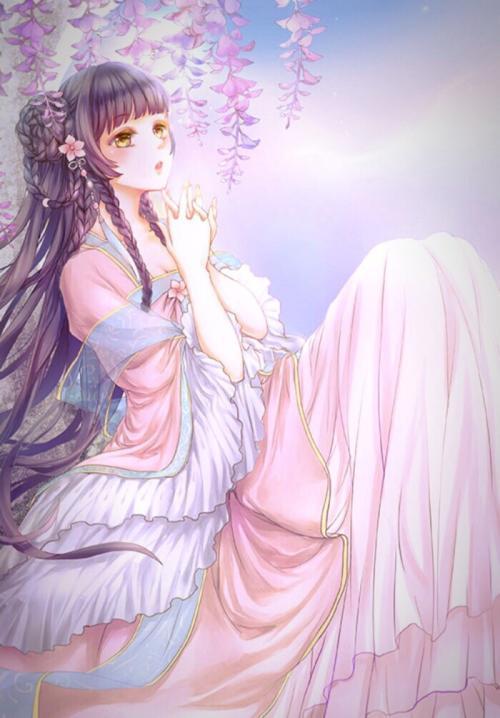
接叶巢莺，平波卷絮，断桥斜日归船。